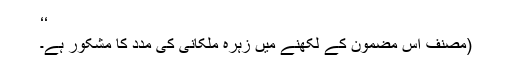
‘‘
(مصنف اس مضمون کے لکھنے میں زہرہ ملکانی کی مدد کا مشکور ہے۔